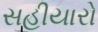
સહીયારો